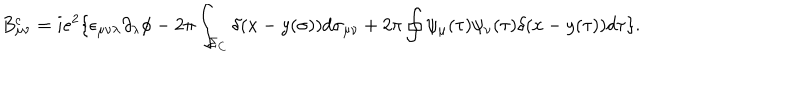
LaTeX: B _ { \mu \nu } ^ { c } = i e ^ { 2 } \{ \epsilon _ { \mu \nu \lambda } \partial _ { \lambda } \phi - 2 \pi \int _ { \Sigma _ { C } } \delta ( x - y ( \sigma ) ) d \sigma _ { \mu \nu } + 2 \pi \oint \psi _ { \mu } ( \tau ) \psi _ { \nu } ( \tau ) \delta ( x - y ( \tau ) ) d \tau \} .